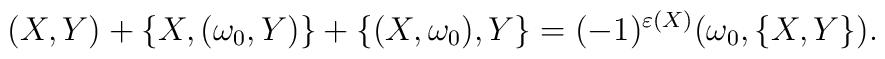
(X,Y)+\{X,(\omega_0,Y)\}+\{(X,\omega_0),Y\}=(-1)^{\varepsilon(X)}(\omega_0,\{X,Y\}).